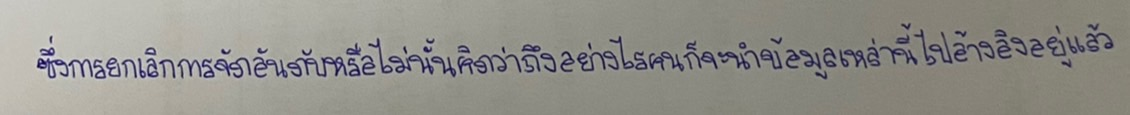
ซึ่งการยกเลิกการจัดอันดับหรือไม่นั้นคิดว่าถึงอย่างไรคนก็จะนำข้อมูลเหล่านี้ไปอ้างอิงอยู่แล้ว